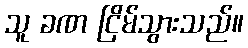
သူ ခဏ ငြိမ်သွားသည်။